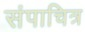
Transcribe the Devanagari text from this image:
संपाचित्र